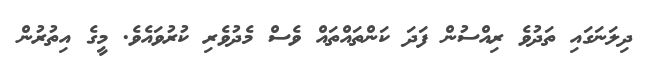
ދިލަނަގައި ތަދުވެ ރިއްސުން ފަދަ ކަންތައްތައް ވެސް މެދުވެރި ކުރުވައެވެ. މީގެ އިތުރުން